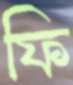
ফি